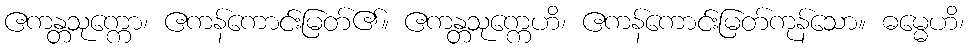
ဧကန္တသုက္ကော၊ ဧကန်ကောင်းမြတ်၏။ ဧကန္တသုက္ကေဟိ၊ ဧကန်ကောင်းမြတ်ကုန်သော။ ဓမ္မေဟိ၊